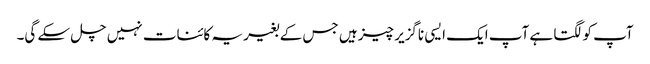
آپ کو لگتا ہے آپ ایک ایسی ناگزیر چیز ہیں جس کے بغیر یہ کائنات نہیں چل سکے گی۔